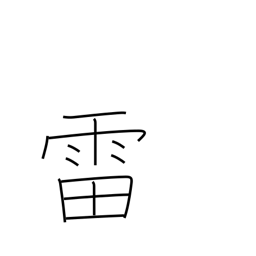
Meaning: thunder